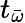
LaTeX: t_{\bar{\omega}}